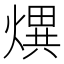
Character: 熼